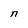
Character: n